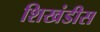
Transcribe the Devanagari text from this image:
शिखंडीस